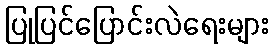
ပြုပြင်ပြောင်းလဲရေးများ